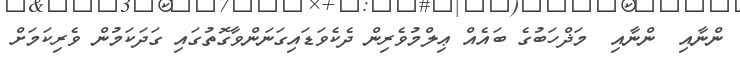
ންނާއި  ންނާއި  މަޛްހަބުގެ ބައެއް ޢިލްމުވެރިން ދެކެވަޑައިގަނަންވާގޮތުގައި ގަދަކަމުން ވެރިކަމަށް